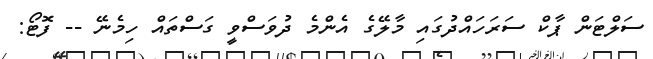
ސަލްޓަން ޕާކް ސަރަހައްދުގައި މާލޭގެ އެންމެ ދުވަސްވީ ގަސްތައް ހިމެނޭ -- ފޮޓޯ: